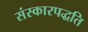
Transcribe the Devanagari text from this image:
संस्कारपद्धति